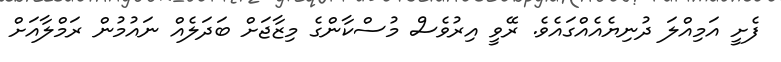
ފެށީ އަމިއްލަ ދުނިޔެއެއްގައެވެ. ރޭވީ އިރުވެސް މުސްކާންގެ މިޒާޖަށް ބަދަލެއް ނައުމުން ރަމްލާއަށް